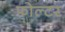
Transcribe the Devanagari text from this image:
फोल्टर